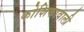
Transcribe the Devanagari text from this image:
कोशिकावाली